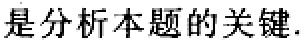
是分析本题的关键.